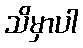
သိမှာပါ